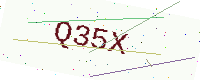
Text: Q35X